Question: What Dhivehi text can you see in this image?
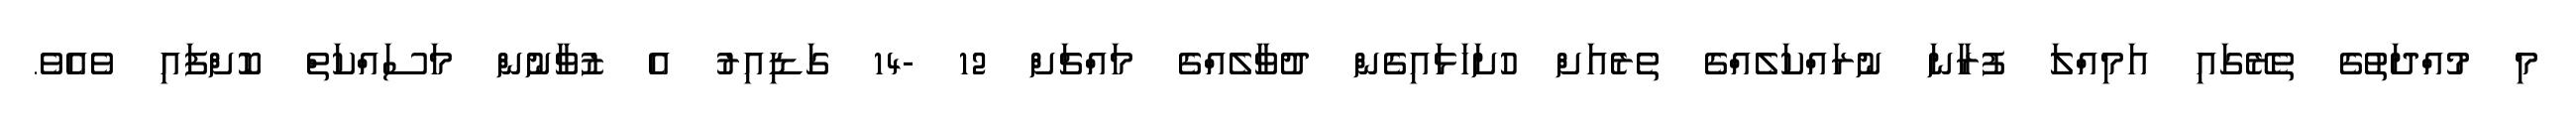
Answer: މި މުއްދަތުގެ ތެރޭގައި އަމިއްލަ ފުރާނަ ނުރައްކަލެއްގެ ތެރެއަށް ހުށަހަޅައިގެން ދުވާލެއްގެ މައްޗަށް 12 -14 ގަޑިއިރު އެ ޒުވާނުން މަސައްކަތް ކޮށްފައި ވެއެވެ.